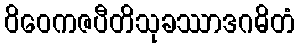
ဝိဝေကဇပီတိသုခဿာဒဂဓိတံ